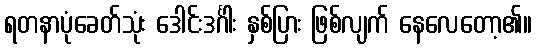
ရတနာပုံခေတ်သုံး ဒေါင်းဒင်္ဂါး နှစ်ပြား ဖြစ်လျက် နေလေတော့၏။